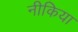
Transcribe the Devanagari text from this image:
नीकिया